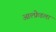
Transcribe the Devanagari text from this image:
आल्फ्रेडला